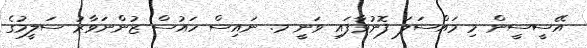
އޭސީސީން މި މައްސަލަ ފޮނުވާފައި ވަނީ މ. ނައިސް ހައުސް ޒުންނަވާރު ސަލީމުގެ